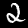
Label: 2